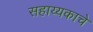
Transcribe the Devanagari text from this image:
सहाय्यकाचे